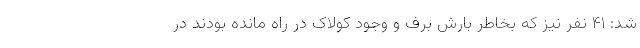
شد: ۴۱ نفر نیز که بخاطر بارش برف و وجود کولاک در راه مانده بودند در